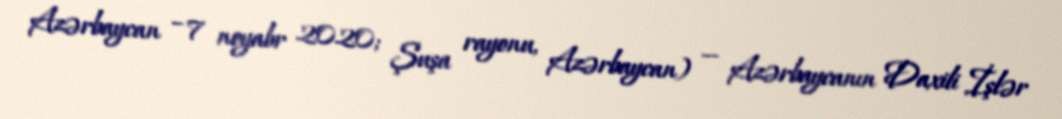
Azərbaycan – 7 noyabr 2020; Şuşa rayonu, Azərbaycan) — Azərbaycanın Daxili İşlər